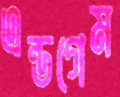
এন্ডগেম